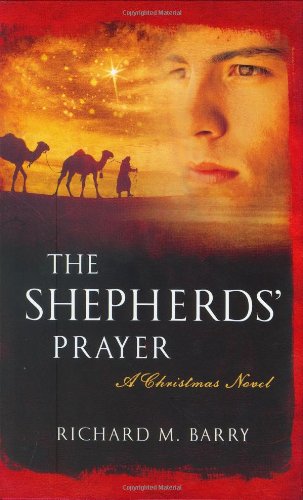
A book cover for The Shepherds' Prayer: A Christmas Novel; Christian Books & Bibles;